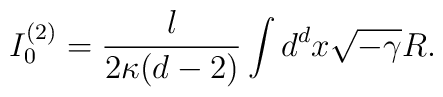
I_0^{(2)}=\frac{l}{2 \kappa(d-2)} \int d^d x \sqrt{-\gamma} R.